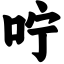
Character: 咛